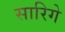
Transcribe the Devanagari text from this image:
सारिगे